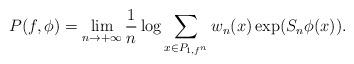
LaTeX: \begin{align*} P(f,\phi) = \lim\limits_{n\to +\infty} \frac{1}{n} \log \sum\limits_{x\in P_{1,f^n}} w_n(x) \exp (S_n\phi(x)).\end{align*}